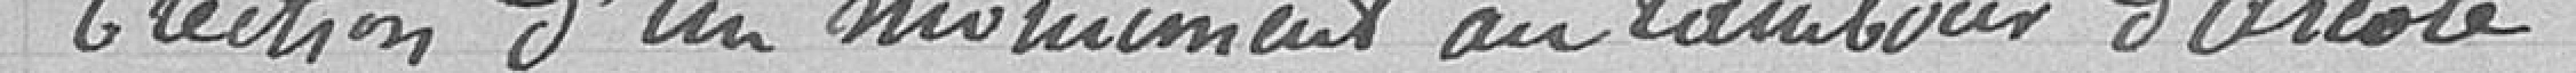
Election d'un monument au tambour d'arcole